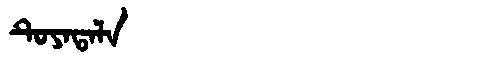
Manchu: ᡨᡠᠶᠠᡨᠠᠯᠠ
Romanization: TUYATALA